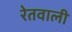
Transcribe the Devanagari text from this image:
रेतवाली